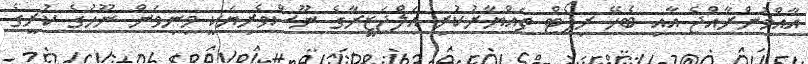
އާއްމުންރާއްޖެ އާއި ބެހޭ ރިޕޯޓް ތައްޔާރުކުރި އަލްޖަޒީރާގެ ނޫސްވެރިޔަކީ މިނިވަން ނޫހުގެ ކުރީގެ